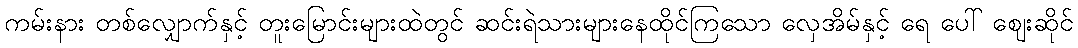
ကမ်းနား တစ်လျှောက်နှင့် တူးမြောင်းများထဲတွင် ဆင်းရဲသားများနေထိုင်ကြသော လှေအိမ်နှင့် ရေ ပေါ် ဈေးဆိုင်